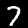
Label: 7